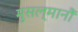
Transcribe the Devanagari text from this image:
मुसल्मानौं